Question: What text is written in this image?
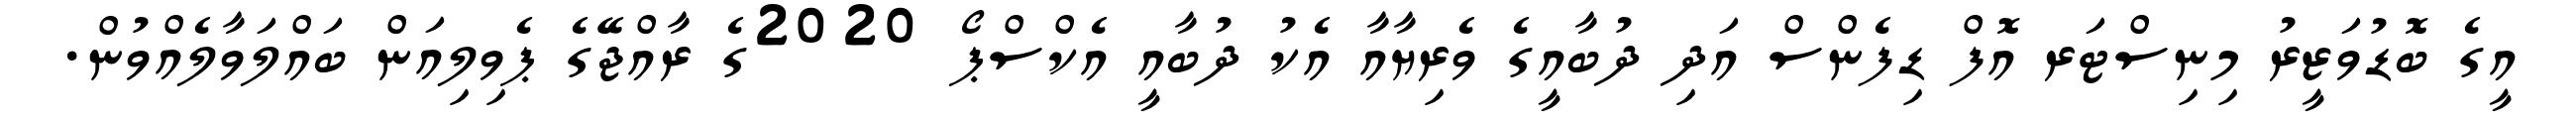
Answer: އީގެ ބޮޑުވަޒީރު މިނިސްޓަރ އޮފް ޑިފެންސް އަދި ދުބާއީގެ ވެރިޔާއާ އެކު ދުބާއީ އެކްސްޕޯ 2020ގެ ރާއްޖޭގެ ޕެވިލިއަން ބައްލަވާލެއްވުން.